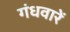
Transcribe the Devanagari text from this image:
गंधवारें